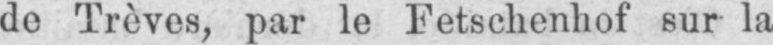
de Trêves, par le Fetschenhof sur la